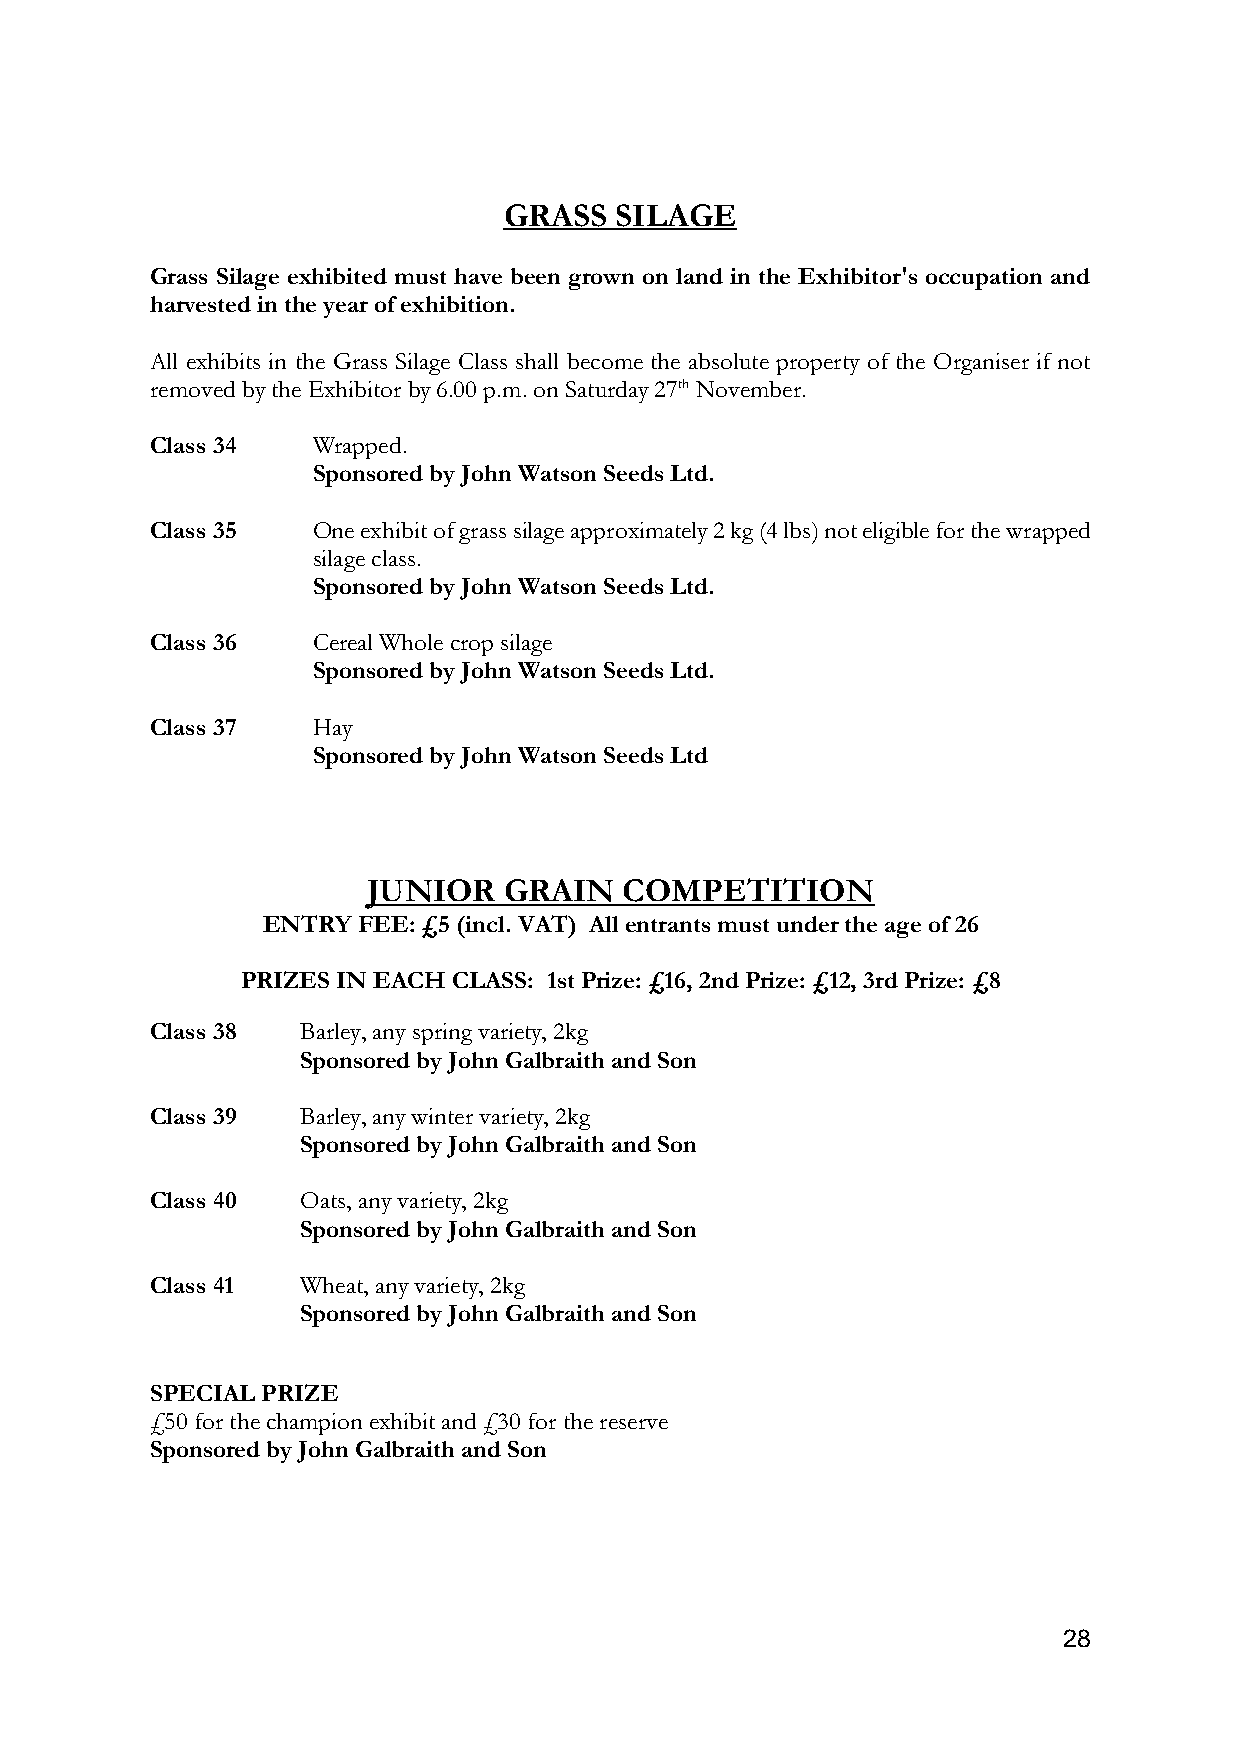
GRASS   SILAGE
 Grass Silage exhibited must have been grown on land in the Exhibitor's occupation and
 harvested in the year of exhibition.
 All exhibits in the Grass Silage Class shall become the absolute property of the Organiser if not
 removed by the Exhibitor by 6.00 p.m. on Saturday 27th November.
 Class 34   Wrapped.
 Sponsored by John Watson Seeds Ltd.
 Class 35   One exhibit of grass silage approximately 2 kg (4 lbs) not eligible for the wrapped
 silage class.
 Sponsored by John Watson Seeds Ltd.
 Class 36   Cereal Whole crop silage
 Sponsored by John Watson Seeds Ltd.
 Class 37   Hay
 Sponsored by John Watson Seeds Ltd
 JUNIOR   GRAIN   COMPETITION
 ENTRY  FEE: £5 (incl. VAT) All entrants must under the age of 26
 PRIZES IN EACH CLASS: 1st Prize: £16, 2nd Prize: £12, 3rd Prize: £8
 Class 38  Barley, any spring variety, 2kg
 Sponsored by John Galbraith and Son
 Class 39  Barley, any winter variety, 2kg
 Sponsored by John Galbraith and Son
 Class 40  Oats, any variety, 2kg
 Sponsored by John Galbraith and Son
 Class 41  Wheat, any variety, 2kg
 Sponsored by John Galbraith and Son
 SPECIAL PRIZE
 £50 for the champion exhibit and £30 for the reserve
 Sponsored by John Galbraith and Son
 28